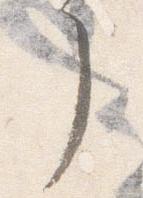
了